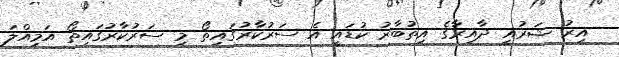
އިރު ޝަރުއީ ދާއިރާގެ އިތުބާރު ކުޑައީ އެ ސަރުކާރުގައިތޯ މި ސަރުކާރުގައިތޯ އަމިއްލަ